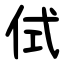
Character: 侙